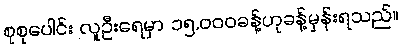
စုစုပေါင်း လူဦးရေမှာ ၁၅,၀၀၀ခန့်ဟုခန့်မှန်းရသည်။